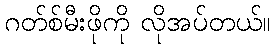
ဂတ်စ်မီးဖိုကို လိုအပ်တယ်။